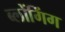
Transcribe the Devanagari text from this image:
ब्लोंगिंग